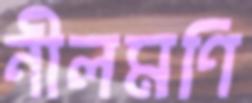
নীলমণি